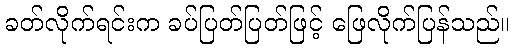
ခတ်လိုက်ရင်းက ခပ်ပြတ်ပြတ်ဖြင့် ဖြေလိုက်ပြန်သည်။